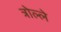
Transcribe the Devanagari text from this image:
त्रोल्ले